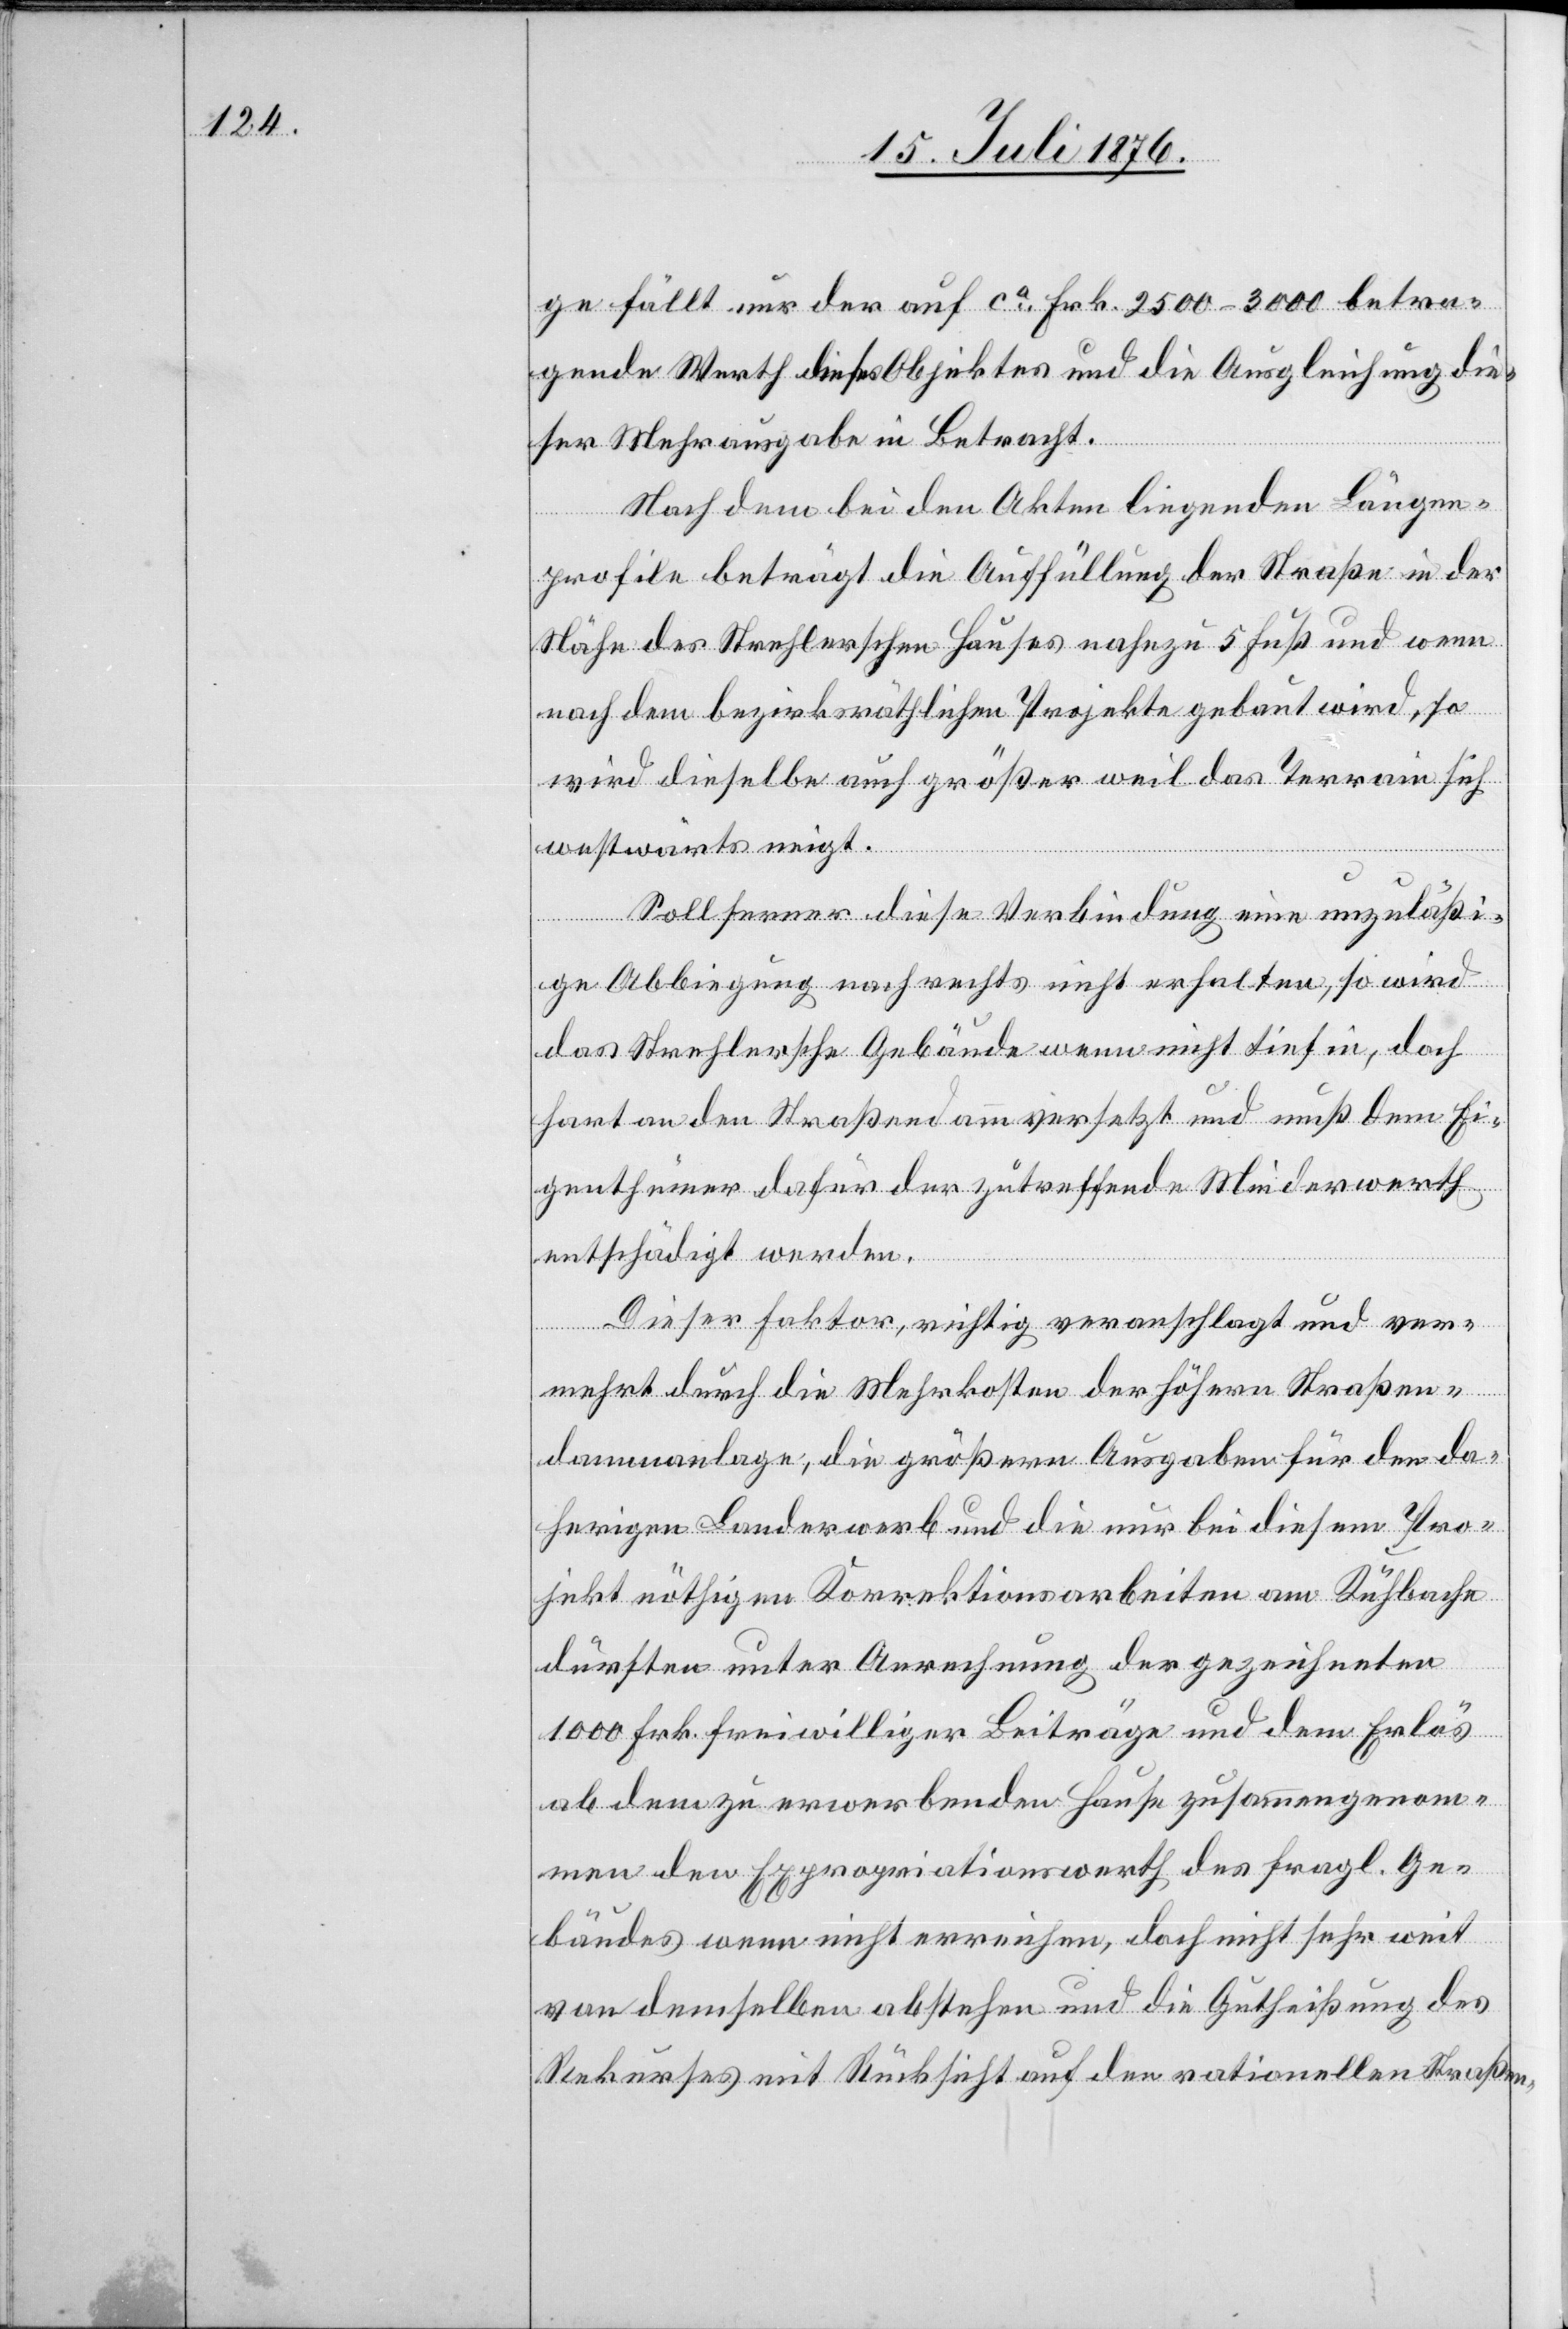
ge fällt nur der auf ca Frk. 2500–3000 betra¬
gende Werth dieses Objektes und die Ausgleichung die¬
ser Mehrausgabe in Betracht.
Nach dem bei den Akten liegenden Längen¬
profile beträgt die Auffüllung der Straße in der
Nähe des Strehlerschen Hauses nahezu 5 Fuß und wenn
nach dem bezirksräthlichen Projekte gebaut wird, so
wird dieselbe auch größer weil das Terrain sich
westwärts neigt.
Soll ferner diese Verbindung eine unzuläßi¬
ge Abbiegung nach rechts nicht erhalten, so wird
das Strehlersche Gebäude wenn nicht tief in, doch
hart an den Straßendamm versetzt und muß dem Ei¬
genthümer dafür der zutreffende Minderwerth
entschädigt werden.
Dieser Faktor, richtig veranschlagt und ver¬
mehrt durch die Mehrkosten der höhern Straßen¬
dammanlage, die größere Ausgaben für den da¬
herigen Landerwerb und die nur bei diesem Pro¬
jekt nöthigen Korrektionsarbeiten am Kuhbache
dürften unter Anrechnung der gezeichneten
1000 Frk. freiwilliger Beiträge und dem Erlös
ab dem zu erwerbenden Hause zusammengenom¬
men den Expropriationswerth des fragl. Ge¬
bäudes wenn nicht erreichen, doch nicht sehr weit
von demselben anstehen und die Gutheißung des
Rekurses mit Rücksicht auf den rationellen Straßen-